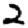
Digit: 2